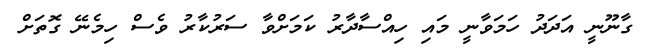
ގާނޫނީ އަދަދު ހަމަވާނީ މައި ހިއްސާދާރު ކަމަށްވާ ސަރުކާރު ވެސް ހިމެނޭ ގޮތަށް